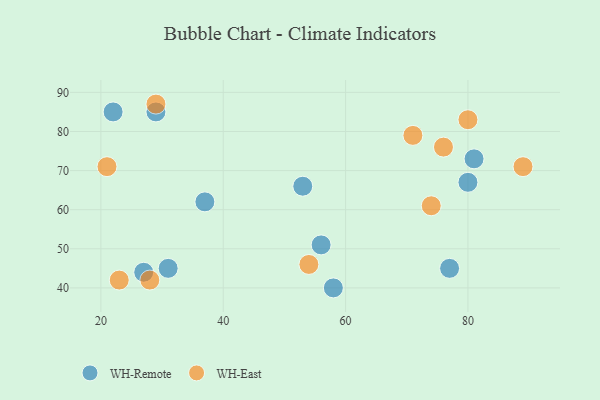
{"axis": {"x": "GDP", "y": "Life Expectancy"}, "legend": ["WH-East", "WH-Remote"], "data": [{"x": "27", "y": 44, "type": "WH-Remote"}, {"x": "58", "y": 40, "type": "WH-Remote"}, {"x": "22", "y": 85, "type": "WH-Remote"}, {"x": "29", "y": 85, "type": "WH-Remote"}, {"x": "37", "y": 62, "type": "WH-Remote"}, {"x": "81", "y": 73, "type": "WH-Remote"}, {"x": "77", "y": 45, "type": "WH-Remote"}, {"x": "80", "y": 67, "type": "WH-Remote"}, {"x": "56", "y": 51, "type": "WH-Remote"}, {"x": "53", "y": 66, "type": "WH-Remote"}, {"x": "31", "y": 45, "type": "WH-Remote"}, {"x": "23", "y": 42, "type": "WH-East"}, {"x": "28", "y": 42, "type": "WH-East"}, {"x": "29", "y": 87, "type": "WH-East"}, {"x": "89", "y": 71, "type": "WH-East"}, {"x": "21", "y": 71, "type": "WH-East"}, {"x": "74", "y": 61, "type": "WH-East"}, {"x": "80", "y": 83, "type": "WH-East"}, {"x": "54", "y": 46, "type": "WH-East"}, {"x": "76", "y": 76, "type": "WH-East"}, {"x": "71", "y": 79, "type": "WH-East"}]}